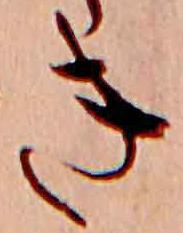
き